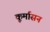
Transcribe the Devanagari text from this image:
कूर्मासन